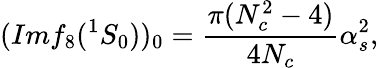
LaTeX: (Imf_{8}(^{1}S_{0}))_{0}=\frac{\pi(N_{c}^{2}-4)}{4N_{c}}\alpha_{s}^{2},